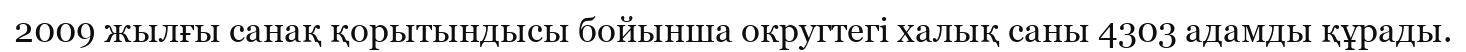
2009 жылғы санақ қорытындысы бойынша округтегі халық саны 4303 адамды құрады.